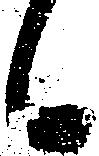
候